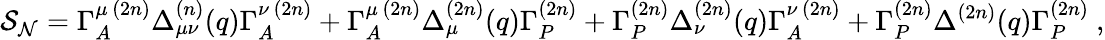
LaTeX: {\cal S_{N}}=\Gamma_{A}^{\mu\, (2n)}\Delta_{\mu\nu}^{(n)}(q)\Gamma_{A}^{\nu\, (2n)}+\Gamma_{A}^{\mu\, (2n)}\Delta_{\mu}^{(2n)}(q)\Gamma_{P}^{(2n)}+\Gamma_{P}^{(2n)}\Delta_{\nu}^{(2n)}(q)\Gamma_{A}^{\nu\, (2n)}+\Gamma_{P}^{(2n)}\Delta^{(2n)}(q)\Gamma_{P}^{(2n)}~,